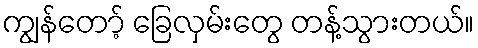
ကျွန်တော့် ခြေလှမ်းတွေ တန့်သွားတယ်။